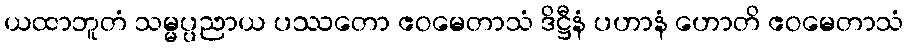
ယထာဘူတံ သမ္မပ္ပညာယ ပဿတော ဧဝမေတာသံ ဒိဋ္ဌီနံ ပဟာနံ ဟောတိ ဧဝမေတာသံ